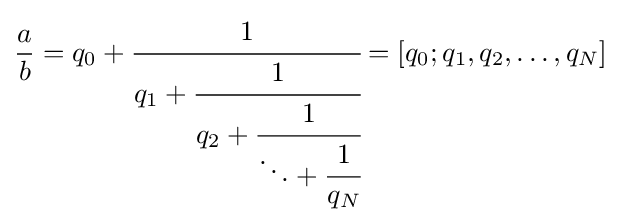
{\frac {a}{b}}=q_{0}+{\cfrac {1}{q_{1}+{\cfrac {1}{q_{2}+{\cfrac {1}{\ddots +{\cfrac {1}{q_{N}}}}}}}}}=[q_{0};q_{1},q_{2},\ldots ,q_{N}]